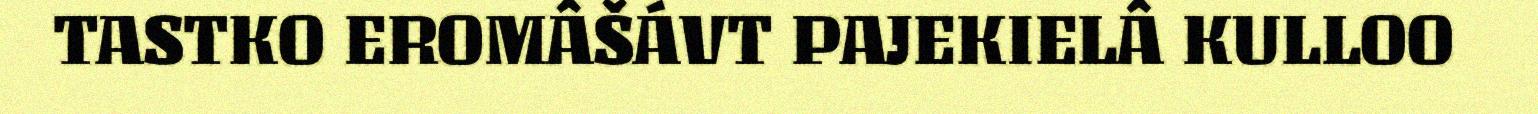
TASTKO EROMÂŠÁVT PAJEKIELÂ KULLOO